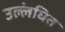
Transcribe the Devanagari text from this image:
उल्लंघित